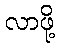
လာဖို့